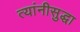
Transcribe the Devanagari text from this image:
त्यांनीसुद्धा